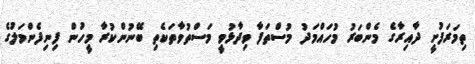
ތިމަރަފުށީ ދާއިރާގެ މެންބަރު މުހައްމަދު މުސްތަފާ ވިދާޅުވީ މަސްތުވާތަކެތި ބޭނުންކުރާ މީހުން ފިނިފެންމަލުގެ